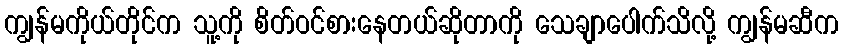
ကျွန်မကိုယ်တိုင်က သူ့ကို စိတ်ဝင်စားနေတယ်ဆိုတာကို သေချာပေါက်သိလို့ ကျွန်မဆီက